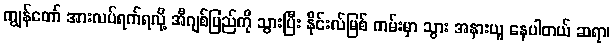
ကျွန်တော် အားလပ်ရက်ရလို့ အီဂျစ်ပြည်ကို သွားပြီး နိုင်းလ်မြစ် ကမ်းမှာ သွား အနားယူ နေပါတယ် ဆရာ၊